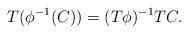
LaTeX: \begin{align*} T(\phi^{-1}(C)) = (T \phi)^{-1} TC.\end{align*}